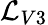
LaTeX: \mathcal{L}_{V3}